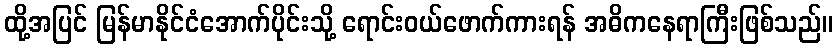
ထို့အပြင် မြန်မာနိုင်ငံအောက်ပိုင်းသို့ ရောင်းဝယ်ဖောက်ကားရန် အဓိကနေရာကြီးဖြစ်သည်။